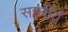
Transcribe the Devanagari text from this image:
सहवीर्यं